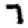
Digit: 7